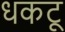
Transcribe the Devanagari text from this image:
धकटू